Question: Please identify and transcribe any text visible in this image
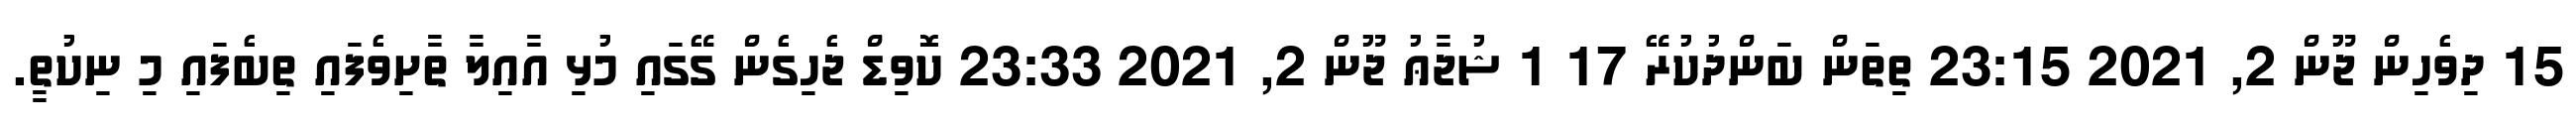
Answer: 15 ދިވެހިން ޖޫން 2, 2021 23:15 ތިތަން ބަންދުކުރޭ 17 1 ޝުޖާޢު ޖޫން 2, 2021 23:33 ކޮވިޑް ޖެހިގެން ގޭގައި މުޅި އާއިލާ ތާށިވެފައި ތިބެފައި މި ނިކުތީ.